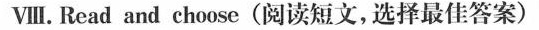
Ⅷ. Read and choose (阅读短文,选择最佳答案)